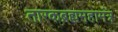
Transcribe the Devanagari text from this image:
तारकब्रह्ममहामंत्र